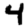
Digit: 4